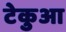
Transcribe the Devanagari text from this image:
टेकुआ